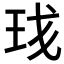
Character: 𬍗